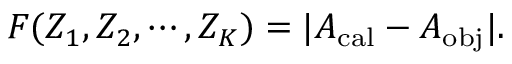
F ( Z _ { 1 } , Z _ { 2 } , \cdots , Z _ { K } ) = | A _ { \mathrm { c a l } } - A _ { \mathrm { o b j } } | .